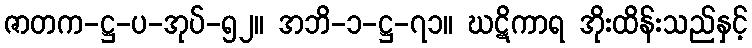
ဇာတက-ဋ္ဌ-ပ-အုပ်-၅၂။ အဘိ-၁-ဋ္ဌ-၇၁။ ဃဋိကာရ အိုးထိန်းသည်နှင့်